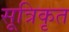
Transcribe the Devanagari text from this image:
सूत्रिकृत